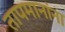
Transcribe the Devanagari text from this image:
तापमानांना